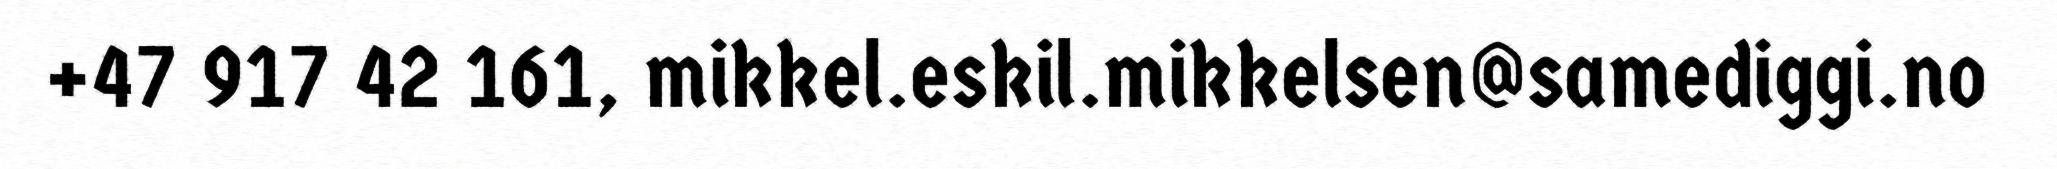
+47 917 42 161, mikkel.eskil.mikkelsen@samediggi.no